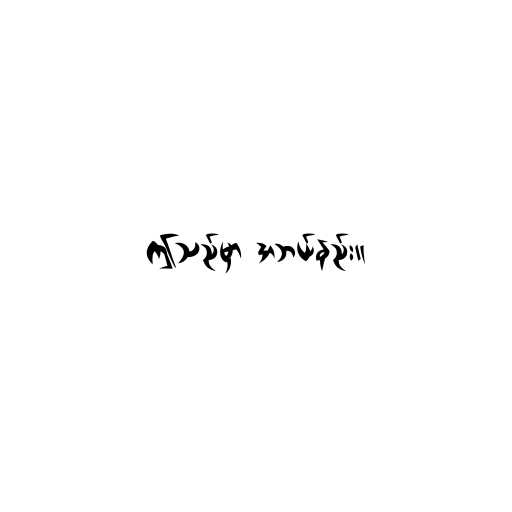
ဤသည်မှာ အဘယ်နည်း။